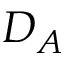
D _ { A }